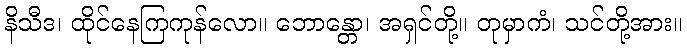
နိသီဒ၊ ထိုင်နေကြကုန်လော။ ဘောန္တော၊ အရှင်တို့။ တုမှာကံ၊ သင်တို့အား။